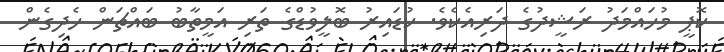
ކޮޕީ މުހައްމަދު ރަޝީދުގެ ދަރިއެކެވެ. ކުޑައިރު ބޮލީވުޑްގެ ތަރި އަމީތާބު ބައްޗަން ހެދިގެން